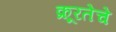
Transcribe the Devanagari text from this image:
क्रूरतेचे